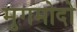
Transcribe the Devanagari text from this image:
मुगमोदो